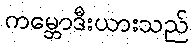
ကမ္ဘောဒီးယားသည်